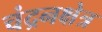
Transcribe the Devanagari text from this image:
चंद्रनक्षेत्र